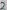
Text: 2